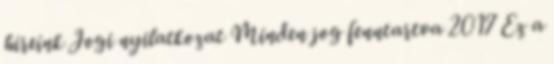
híreink Jogi nyilatkozat Minden jog fenntartva 2017 Ez a